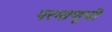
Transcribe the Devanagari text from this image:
परमाणूची